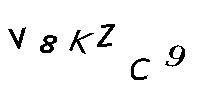
V8KZC9